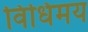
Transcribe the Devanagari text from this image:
विधिमय